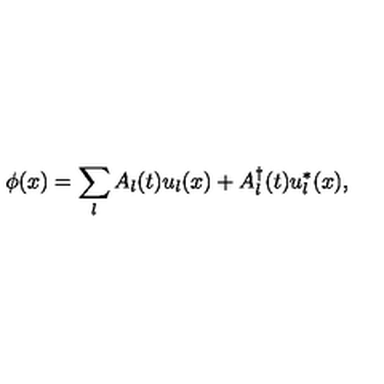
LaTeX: \phi ( x ) = \sum _ { l } A _ { l } ( t ) u _ { l } ( x ) + A _ { l } ^ { \dagger } ( t ) u _ { l } ^ { * } ( x ) ,